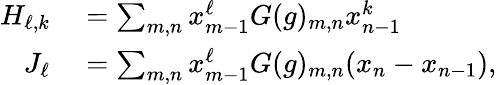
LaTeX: \begin{array}{rl}{H_{\ell,k}}&{{}=\sum_{m,n}x_{m-1}^{\ell}G(g)_{m,n}x_{n-1}^{k}}\\ {J_{\ell}}&{{}=\sum_{m,n}x_{m-1}^{\ell}G(g)_{m,n}(x_{n}-x_{n-1}),}\end{array}